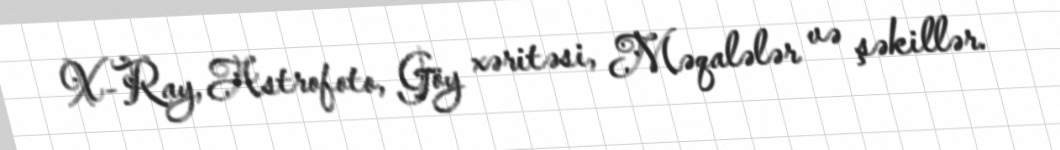
X-Ray, Astrofoto, Göy xəritəsi, Məqalələr və şəkillər.